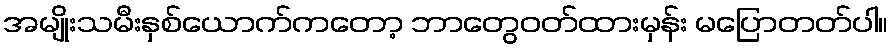
အမျိုးသမီးနှစ်ယောက်ကတော့ ဘာတွေဝတ်ထားမှန်း မပြောတတ်ပါ။